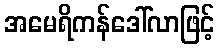
အမေရိကန်ဒေါ်လာဖြင့်